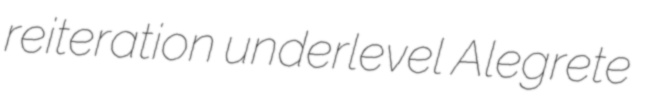
reiteration underlevel Alegrete